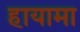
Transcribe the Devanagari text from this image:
हायामा